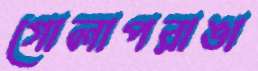
গোলাপরাঙা